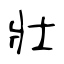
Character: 壯